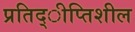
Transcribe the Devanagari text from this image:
प्रतिद्ीप्तिशील